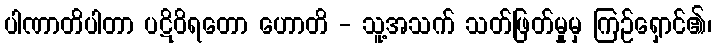
ပါဏာတိပါတာ ပဋိဝိရတော ဟောတိ - သူ့အသက် သတ်ဖြတ်မှုမှ ကြဉ်ရှောင်၏၊